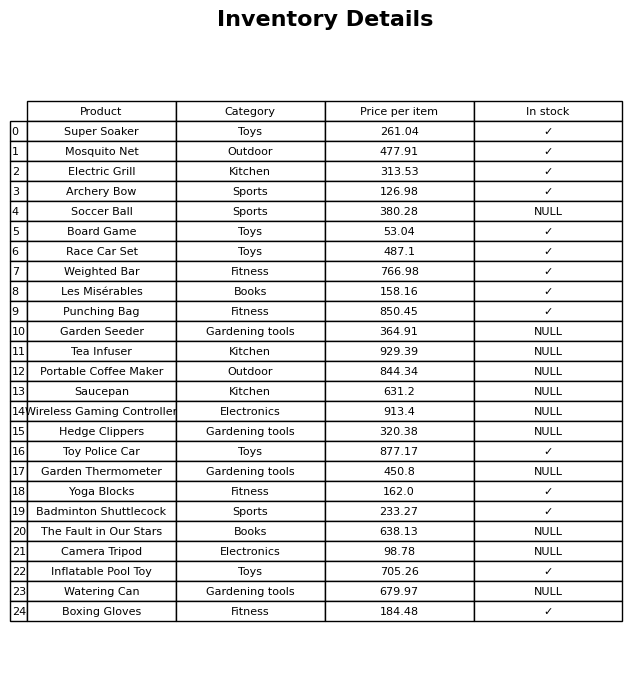
question: What is the stock status of the Board Game?
answer: ✓